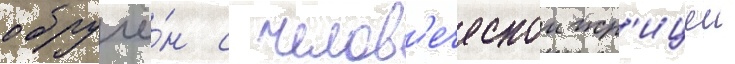
обручё́н с челов'еческои жр'ицеи